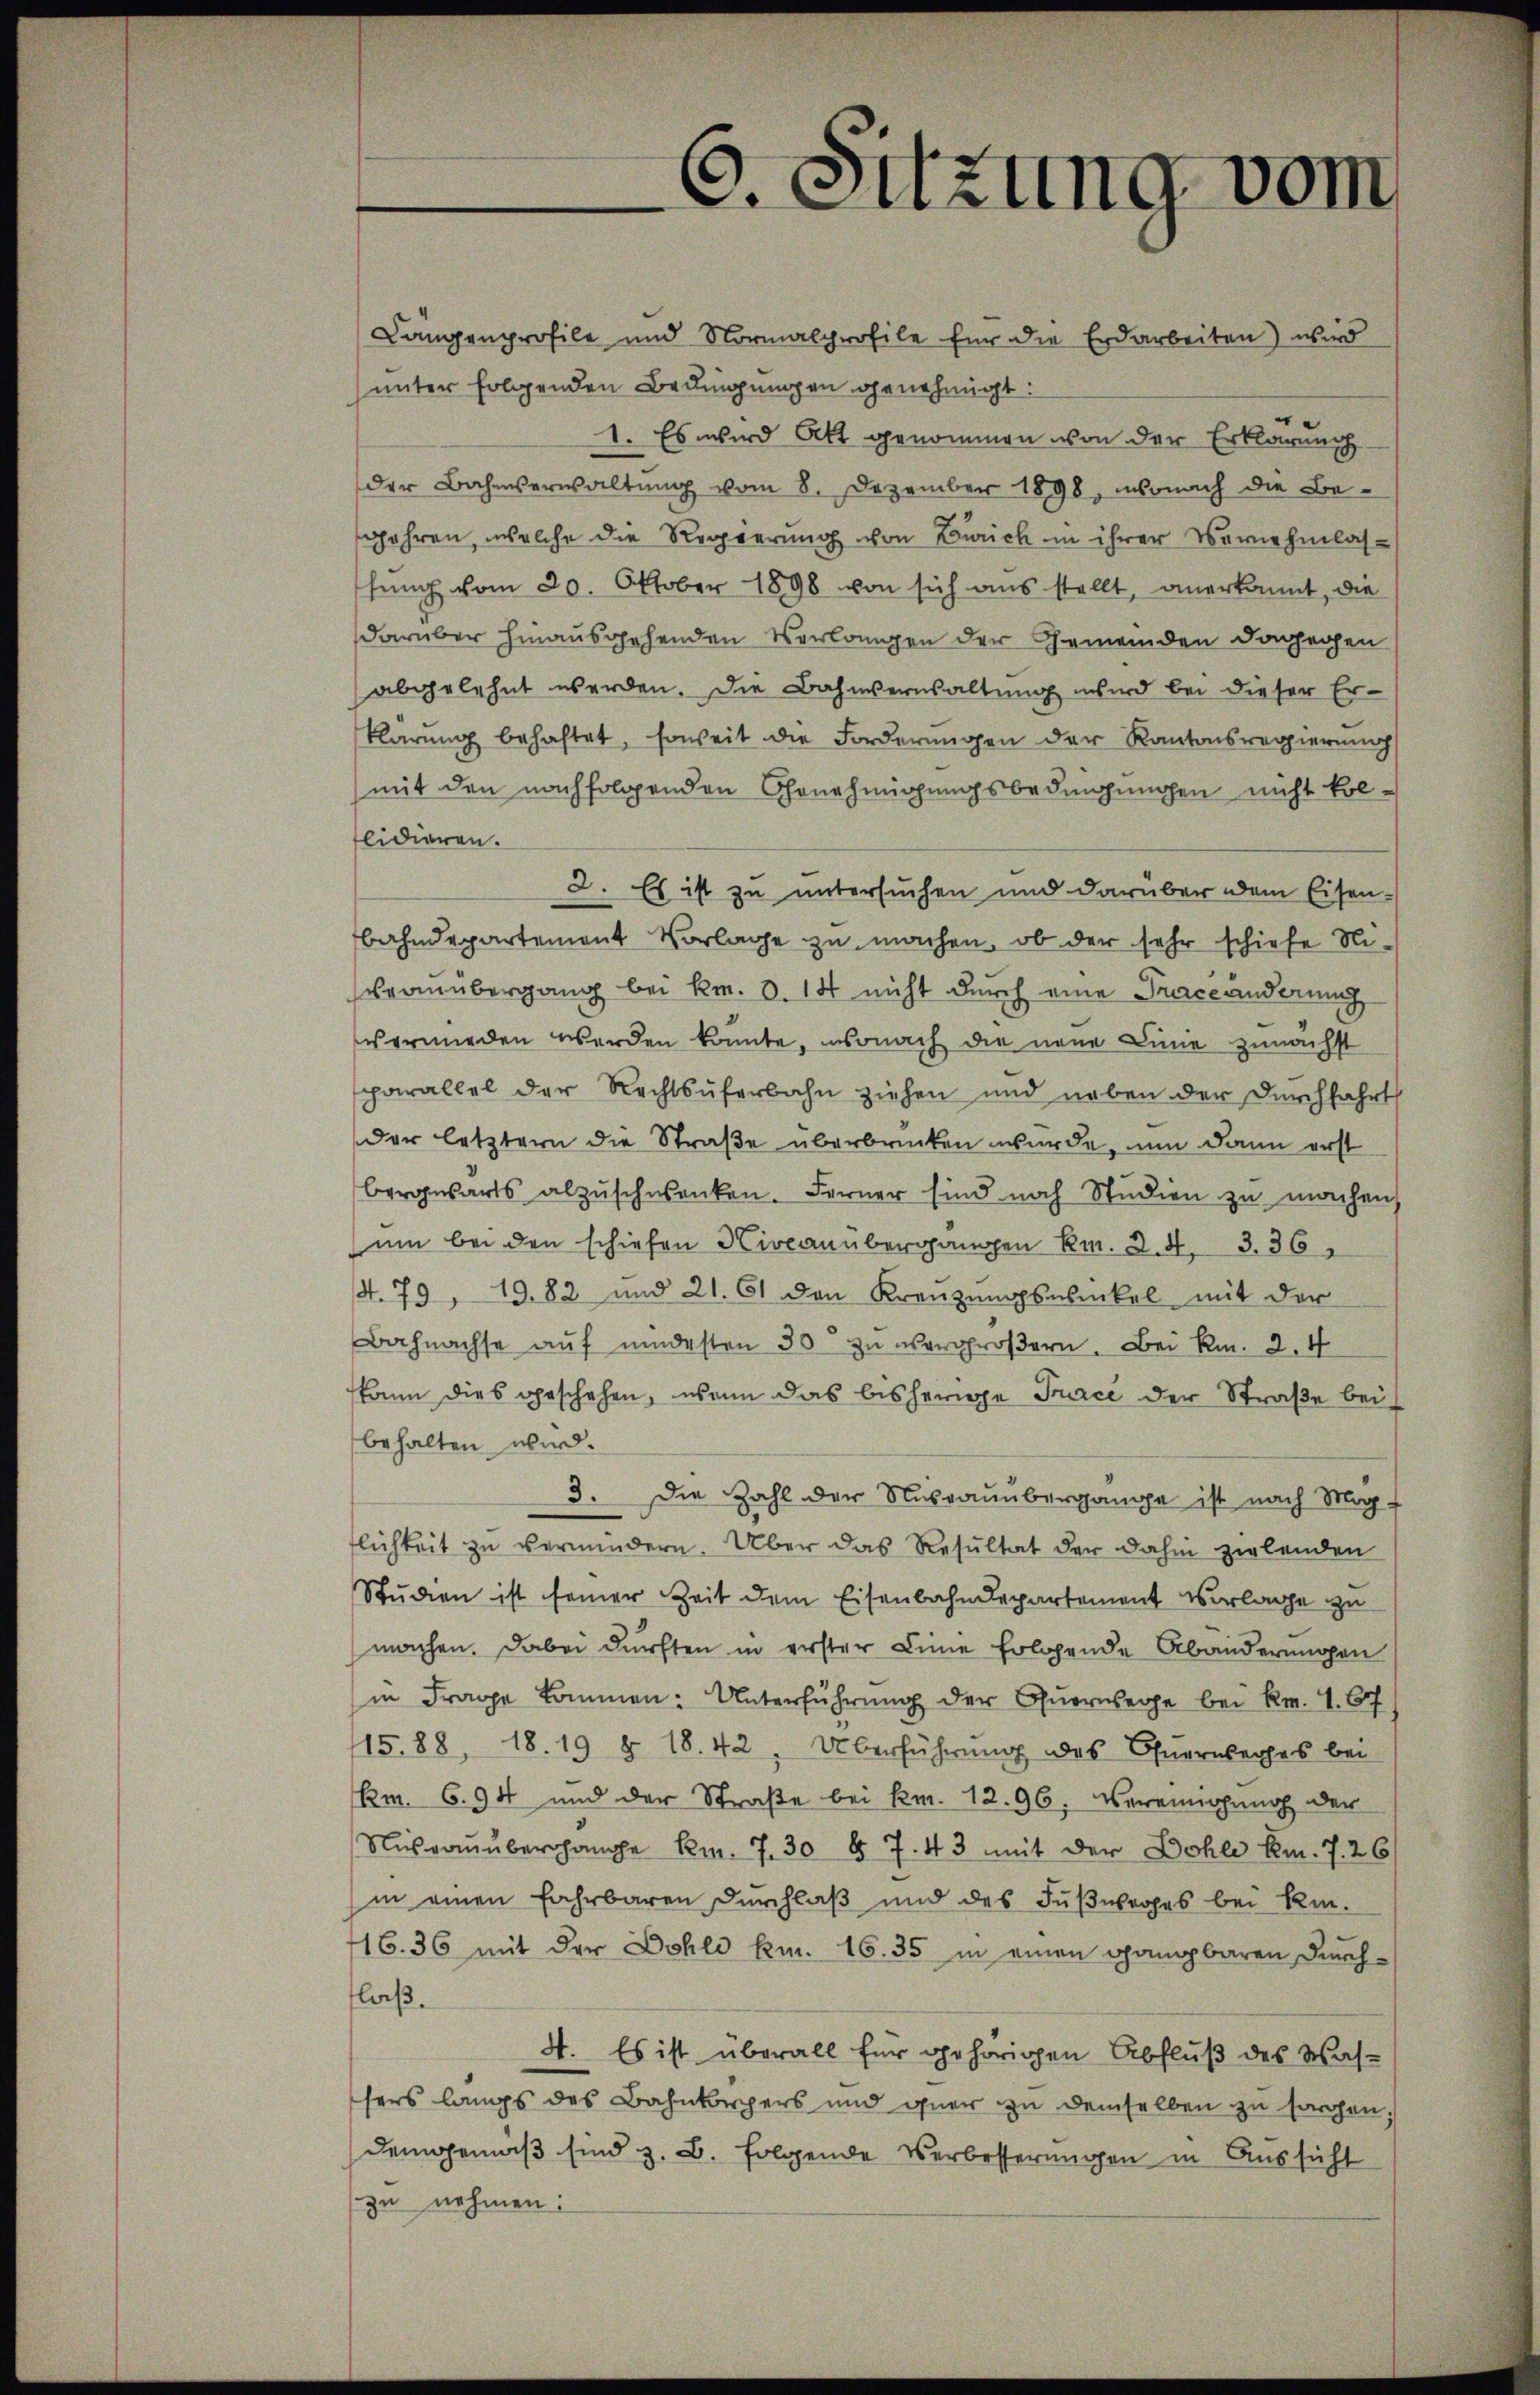
C. Sitzung vom

Längenprofile und Normalprofile für die Erdarbeiten) wird
unter folgenden Bedingungen genehmigt:
1. Es wird Att genommen von der Erklärung
der Bahnverwaltung vom 8. Dezember 1898, wonach die Be-
gehren, welche die Regierung von Zürich in ihrer Vernehmlasfung vom 20. Oktober 1898 von sich aus stellt, anerkannt, die
darüber hinausgehenden Verlangen der Gemeinden Dongegen
abgelehnt werden. Die Bahnsernsaltung wird bei dieser Erklärung behaftet, soweit die Forderungen der Kantonsregierung
mit den nachfolgenden Genehmigungsbedingungen nicht kol-
flidieren.
2. Es ist zu untersuchen und darüber dem Eisenbahndepartement Vorlage zu machen, ob der sehr schiehe Niceanübergang bei kr. d. 14 nicht durch eine Trace anderung
vermieden werden könnte, wonach die neue Linie zunächst
parallel der Rechtsüferbahn ziehen und neben der Durchfahrt
der letztern die Straße überbrücken wurde, nun dann erst
bergwarts abzuschwanken. Ferner sind noch Studien zu machen
um bei den schiefen Niveauübergangen R. Z. 4, 3. 36
4. 79, 19. 82 und 21. 61 den Kreuzungswickel mit der
Bahnachse aŭf indesten 30 zŭ übergroβern. Bei Rm. 2. 4
kann dies geschehen, wenn das bisherige Trace der Straße bei
behalten wird.
3. Die Zahl der Nusraumbergange ist nach Mag
flichkeit zu vermindern. Über das Resultat der dahin zielenden
Stŭdien ist seiner Zeit dem Eisenbahndepartement verlage zu
machen. Dabei dürften in erster Linie folgende Abänderungen
in Frage kommen: Unterführung der Querwege bei Kr. 1. 67
15.88, 18. 19 § 18. 42. Überführŭng des Eherwerfes bei
Rm. 6. 94 und der Straße bei km. 12. 96. Vereinahung der
Nŭhraŭüberhange km. 7. 30 § 7. 43 mit der Dohle km. 7. 26
in einen Fahrbaren Durchlaβ und des Fußweges bei Kin-
16. 36 mit der Dohle km. 16. 35 in einen gangbaren Durch-
laß.
4. Es ist überall für gehörigen Abfluß des Wassers langs des Bahnkörpers und guer zu demselben zu sorgen.
demgemäß sind z. B. folgende Verbesserungen in Aussicht
zu nehmen: